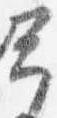
予